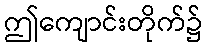
ဤကျောင်းတိုက်၌